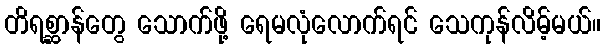
တိရစ္ဆာန်တွေ သောက်ဖို့ ရေမလုံလောက်ရင် သေကုန်လိမ့်မယ်။